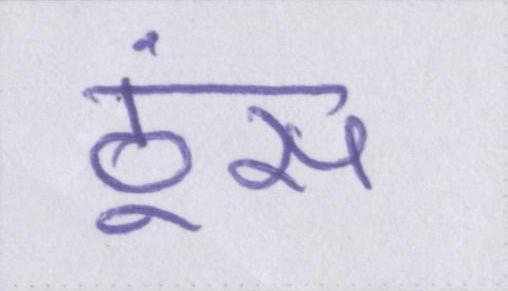
ठूंस